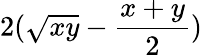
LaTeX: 2({\sqrt{xy}}-{\frac{x+y}{2}})